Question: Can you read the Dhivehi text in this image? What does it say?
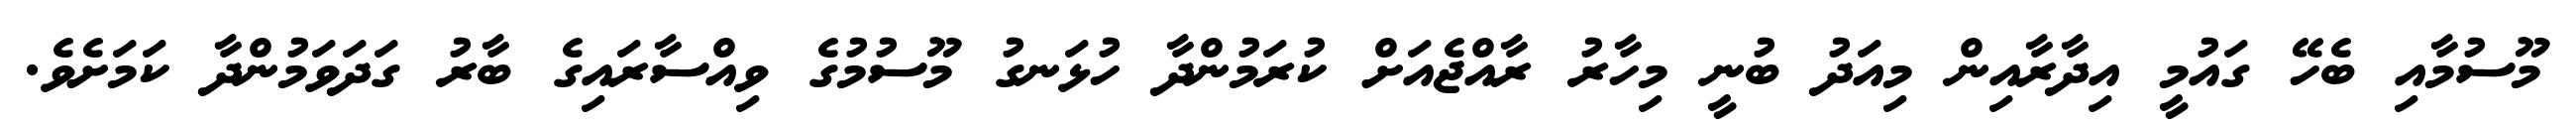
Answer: މޫސުމާއި ބެހޭ ގައުމީ އިދާރާއިން މިއަދު ބުނީ މިހާރު ރާއްޖެއަށް ކުރަމުންދާ ހުޅަނގު މޫސުމުގެ ވިއްސާރައިގެ ބާރު ގަދަވަމުންދާ ކަމަށެވެ.